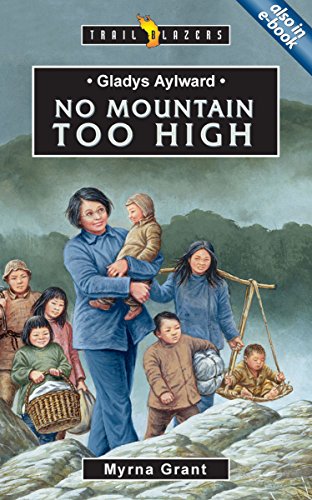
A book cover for Gladys Aylward: No Mountain Too High (Trailblazers); Myrna Grant; Children's Books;